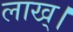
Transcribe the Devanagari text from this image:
लाख्।